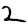
Digit: 2